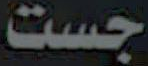
جست